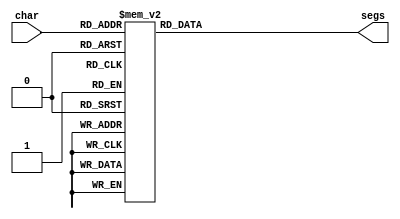
/*
   This file was generated automatically by the Mojo IDE version B1.3.6.
   Do not edit this file directly. Instead edit the original Lucid source.
   This is a temporary file and any changes made to it will be destroyed.
*/

module seven_seg_7 (
    input [3:0] char,
    output reg [6:0] segs
  );
  
  
  
  always @* begin
    
    case (char)
      1'h0: begin
        segs = 7'h3f;
      end
      1'h1: begin
        segs = 7'h06;
      end
      2'h2: begin
        segs = 7'h5b;
      end
      2'h3: begin
        segs = 7'h4f;
      end
      3'h4: begin
        segs = 7'h66;
      end
      3'h5: begin
        segs = 7'h6d;
      end
      3'h6: begin
        segs = 7'h7d;
      end
      3'h7: begin
        segs = 7'h79;
      end
      4'h8: begin
        segs = 7'h21;
      end
      default: begin
        segs = 7'h00;
      end
    endcase
  end
endmodule